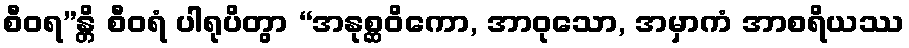
စီဝရ”န္တိ စီဝရံ ပါရုပိတွာ “အနုစ္ဆဝိကော, အာဝုသော, အမှာကံ အာစရိယဿ